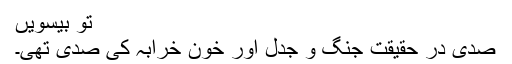
تو بیسویں
صدی در حقیقت جنگ و جدل اور خون خرابہ کی صدی تھی۔